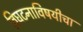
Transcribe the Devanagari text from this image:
विघटनाविषयीचा